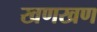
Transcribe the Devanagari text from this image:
खणखण